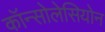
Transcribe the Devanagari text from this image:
कॉन्सोलेसियोन